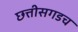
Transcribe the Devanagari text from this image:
छत्तीसगडच